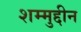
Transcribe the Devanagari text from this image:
शम्मुद्दीन